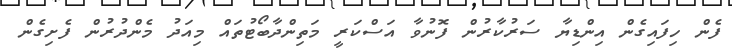
ފެން ހިފައިގެން އިންޑިޔާ ސަރުކާރުން ފޮނުވާ އަސްކަރީ މަތިންދާބޯޓުތައް މިއަދު މެންދުރުން ފެށިގެން